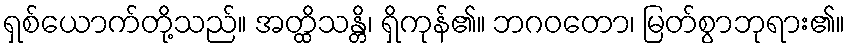
ရှစ်ယောက်တို့သည်။ အတ္ထိသန္တိ၊ ရှိကုန်၏။ ဘဂဝတော၊ မြတ်စွာဘုရား၏။